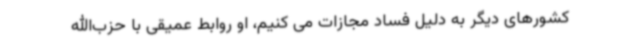
کشورهای دیگر به دلیل فساد مجازات می کنیم، او روابط عمیقی با حزب‌الله